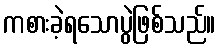
ကစားခဲ့ရသောပွဲဖြစ်သည်။